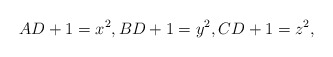
\begin{align*} AD+1=x^2,BD+1=y^2,CD+1=z^2,\end{align*}